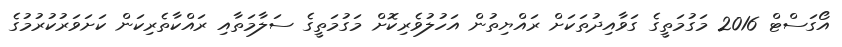
އޯގަސްޓް 2016 މަގުމަތީގެ ގަވާއިދުތަކަށް ރައްޔިތުން އަހުލުވެރިކޮށް މަގުމަތީގެ ސަލާމަތާއި ރައްކާތެރިކަން ކަށަވަރުކުރުމުގެ